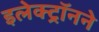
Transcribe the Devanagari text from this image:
इलेक्ट्रॉनने